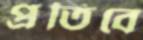
প্রতিবে